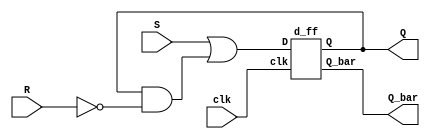
module sr_using_d(clk,S,R, Q,Q_bar);
   input clk,S,R;
   output Q,Q_bar;
   wire w1;
   
   assign w1 = (S)|(Q & (~R));
   d_ff DF(clk, w1, Q,Q_bar);
   
endmodule

module d_ff(clk,D,Q,Q_bar);
input clk, D;
output reg Q;
output Q_bar;
always @(posedge clk) begin
Q <= D;
end
assign Q_bar = ~Q;
endmodule